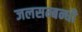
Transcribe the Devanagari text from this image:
जलसम्बन्धी